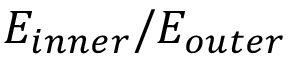
E _ { i n n e r } / E _ { o u t e r }